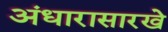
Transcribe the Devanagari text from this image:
अंधारासारखे